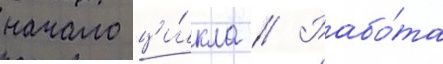
начало ци́кла // Рабо́та